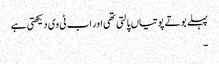
پہلے بوتے پوتیاں پالتی تھی اور اب ٹی وی دیکھتی ہے
۔